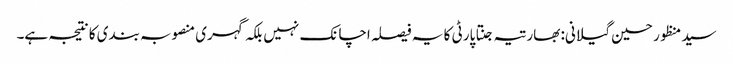
سید منظور حسین گیلانی: بھارتیہ جنتا پارٹی کا یہ فیصلہ اچانک نہیں بلکہ گہری منصوبہ بندی کا نتیجہ ہے۔